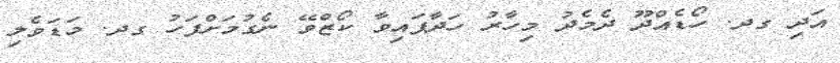
އަދި ގދ. ހޯޑެއްދޫ ދެމެދު މިހާރު ހަދާފައިވާ ކޯޒްވޭ ނެގުމަށްފަހު ގދ. މަޑަވެލި